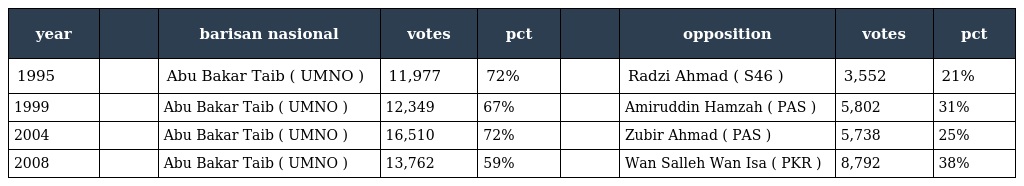
| year |  | barisan nasional | votes | pct |  | opposition | votes | pct |
 | --- | --- | --- | --- | --- | --- | --- | --- | --- |
 | 1995 |  | Abu Bakar Taib ( UMNO ) | 11,977 | 72% |  | Radzi Ahmad ( S46 ) | 3,552 | 21% |
 | 1999 |  | Abu Bakar Taib ( UMNO ) | 12,349 | 67% |  | Amiruddin Hamzah ( PAS ) | 5,802 | 31% |
 | 2004 |  | Abu Bakar Taib ( UMNO ) | 16,510 | 72% |  | Zubir Ahmad ( PAS ) | 5,738 | 25% |
 | 2008 |  | Abu Bakar Taib ( UMNO ) | 13,762 | 59% |  | Wan Salleh Wan Isa ( PKR ) | 8,792 | 38% |